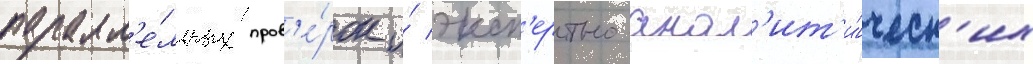
паралл'е́льных пров'е́рок и́ эксп'ертно-анал'ит'и́ческ'их